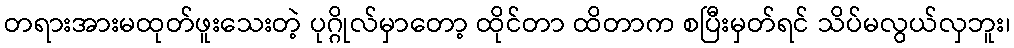
တရားအားမထုတ်ဖူးသေးတဲ့ ပုဂ္ဂိုလ်မှာတော့ ထိုင်တာ ထိတာက စပြီးမှတ်ရင် သိပ်မလွယ်လှဘူး၊